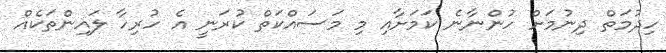
ހިދުމަތް ދިނުމަށް ހުންނާނެ ކަމަށާއި މި މަަސައްކަތް ކުރަނީ އެ ހުރިހާ ލައިންތަކެއް